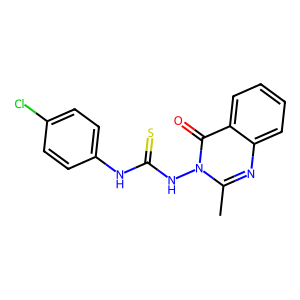
SMILES: Cc1nc2ccccc2c(=O)n1NC(=S)Nc1ccc(Cl)cc1
Inhibits HIV replication: No